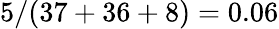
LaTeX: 5/(37+36+8)=0.06